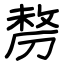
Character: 剺